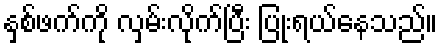
နှစ်ဖက်ကို လှမ်းလိုက်ပြီး ပြုံးရယ်နေသည်။